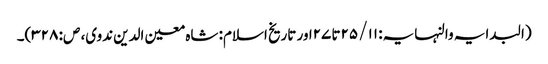
(البدایہ والنہایہ: ۱۱/ ۲۵تا ۲۷اور تاریخ اسلام: شاہ معین الدین ندوی، ص: ۳۲۸)۔